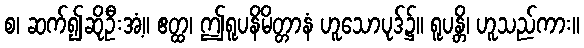
စ၊ ဆက်၍ဆိုဦးအံ့။ ဧတ္ထ၊ ဤရူပနိမိတ္တာနံ ဟူသောပုဒ်၌။ ရူပန္တိ၊ ဟူသည်ကား။